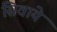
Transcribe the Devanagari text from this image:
सिवाये